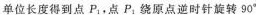
单位长度得到点P_{1},点P_{1}绕原点逆时针旋转90^{\circ}